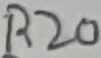
Text: R20